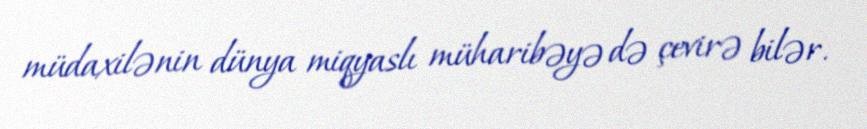
müdaxilənin dünya miqyaslı müharibəyə də çevirə bilər.